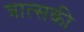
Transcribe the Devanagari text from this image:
त्रात्सकी